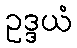
ဥဒ္ဒယံ